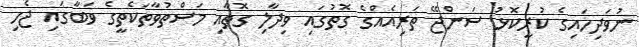
ނުވަދިހައިގެ ކުރީކޮޅު ސަންޖޭ ތަރިއެއްގެ ގޮތުގައި ވިދާލި ގޮތާއި މަސްތުވާތަކެތީގެ ވަބާގައި ޖެހި